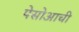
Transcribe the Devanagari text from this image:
पेसोआची